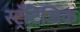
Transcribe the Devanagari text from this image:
स्ट्रॅटिजिक